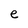
Character: e